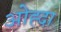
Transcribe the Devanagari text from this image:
ओह्दा